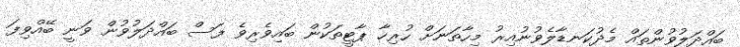
ބައްދަލުވުންތައް މެދުކަނޑާލެވުނުއިރު މިހާތަނަށް ހުރިހާ ޕާޓީތަކުން ބައިވެރިވެ ފަސް ބައްދަލުވުން ވަނީ ބޭއްވިފަ